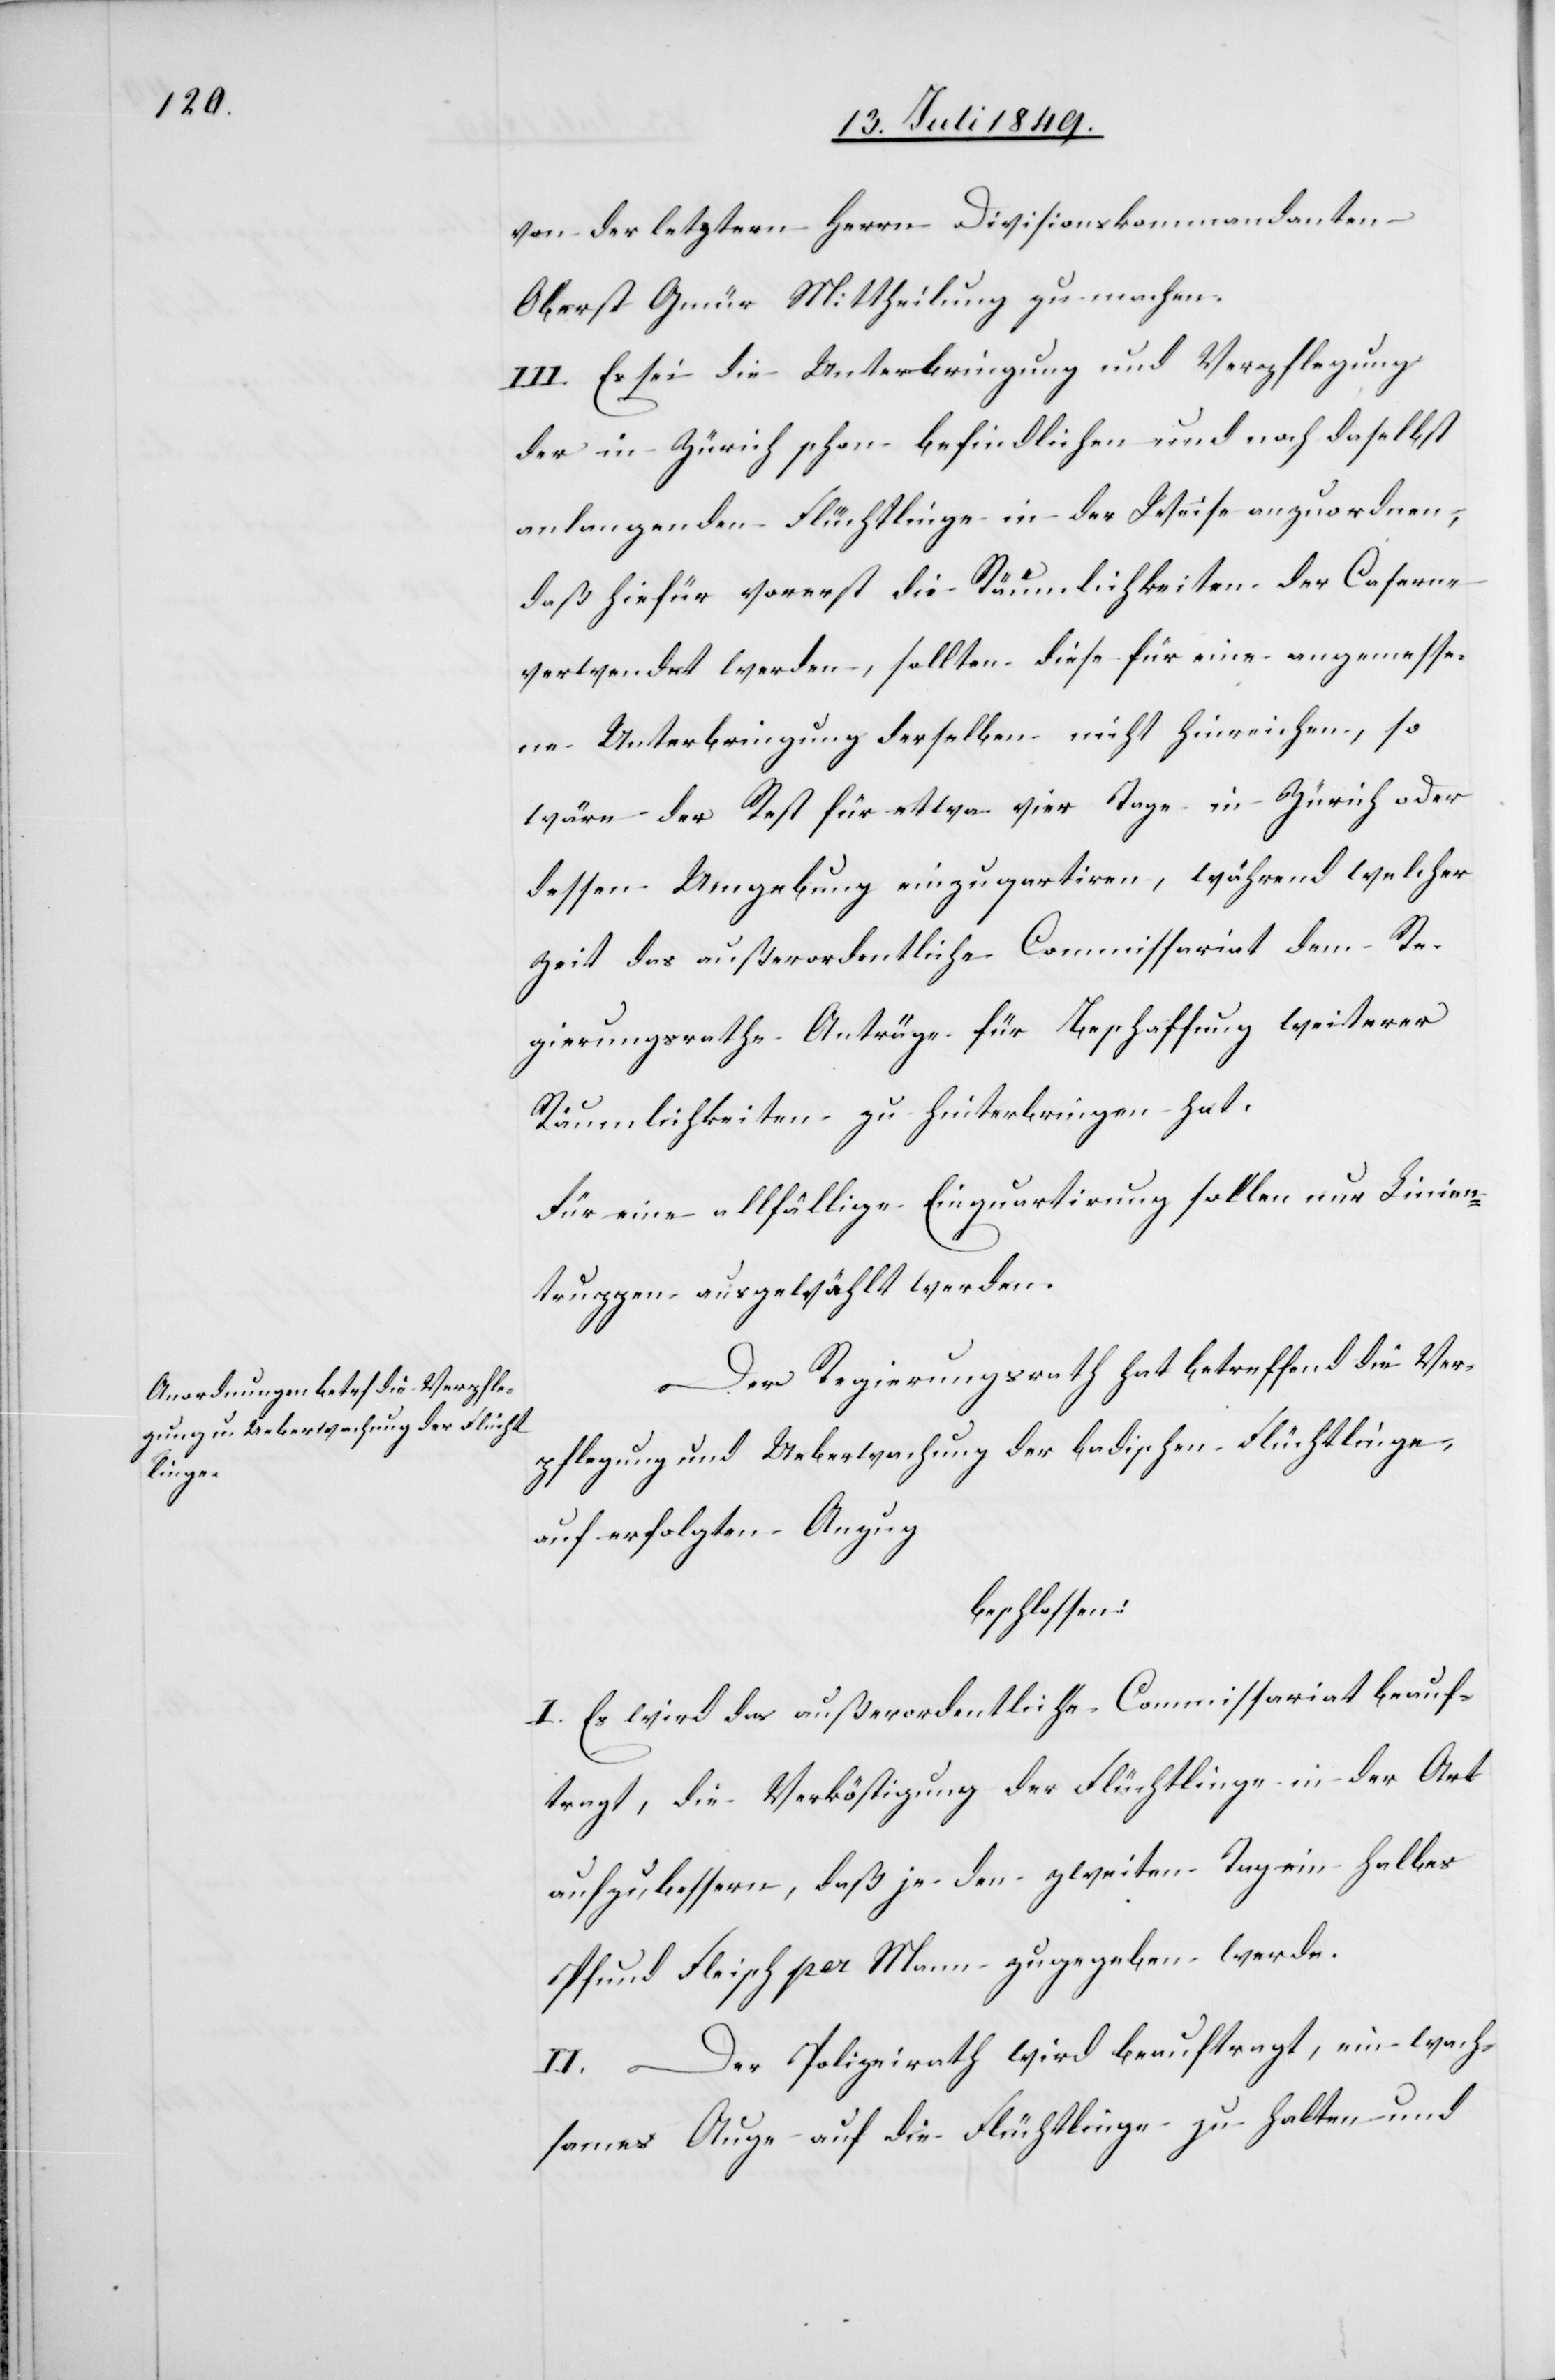
von der letztern Herrn Divisionskommandanten
Oberst Gmür Mittheilung zu machen.
III. Es sei die Unterbringung und Verpflegung
der in Zürich schon befindlichen und nach daselbst
anlangenden Flüchtlinge in der Weise anzuordnen,
daß hiefür vorerst die Räumlichkeiten der Caserne
verwendet werden, sollten diese für eine angemesse¬
ne Unterbringung derselben nicht hinreichen, so
wäre der Rest für etwa vier Tage in Zürich oder
dessen Umgebung einzuqartiren [sic!], während welcher
Zeit das außerordentliche Commissariat dem Re¬
gierungsrathe Anträge für Beschaffung weiterer
Räumlichkeiten zu hinterbringen hat.
Für eine allfällige Einquartirung sollen nur Linien¬
truppen ausgewählt werden.
Der Regierungsrath hat betreffend die Ver¬
pflegung und Ueberwachung der badischen Flüchtlinge,
auf erfolgten Anzug
beschlossen:
I. Es wird das außerordentliche Commissariat beauf¬
tragt, die Verköstigung der Flüchtlinge in der Art
aufzubessern, daß jeden zweiten Tag ein halbes
Pfund Fleisch per Mann zugegeben werde.
Der Polizeirath wird beauftragt, ein wach¬
sames Auge auf die Flüchtlinge zu halten und